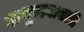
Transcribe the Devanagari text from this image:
अनुभवातली